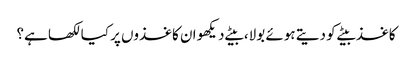
کاغذ بیٹے کو دیتے ہوئے بولا، بیٹے دیکھو ان کاغذوں پر کیا لکھا ہے؟